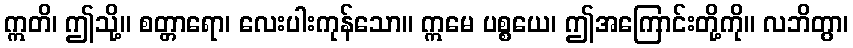
ဣတိ၊ ဤသို့။ စတ္တာရော၊ လေးပါးကုန်သော။ ဣမေ ပစ္စယေ၊ ဤအကြောင်းတို့ကို။ လဘိတွာ၊